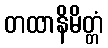
တထာနိမိတ္တံ